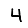
Digit: 4